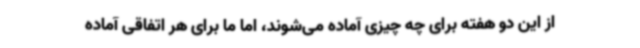
از این دو هفته برای چه چیزی آماده می‌شوند، اما ما برای هر اتفاقی آماده